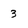
Character: 3